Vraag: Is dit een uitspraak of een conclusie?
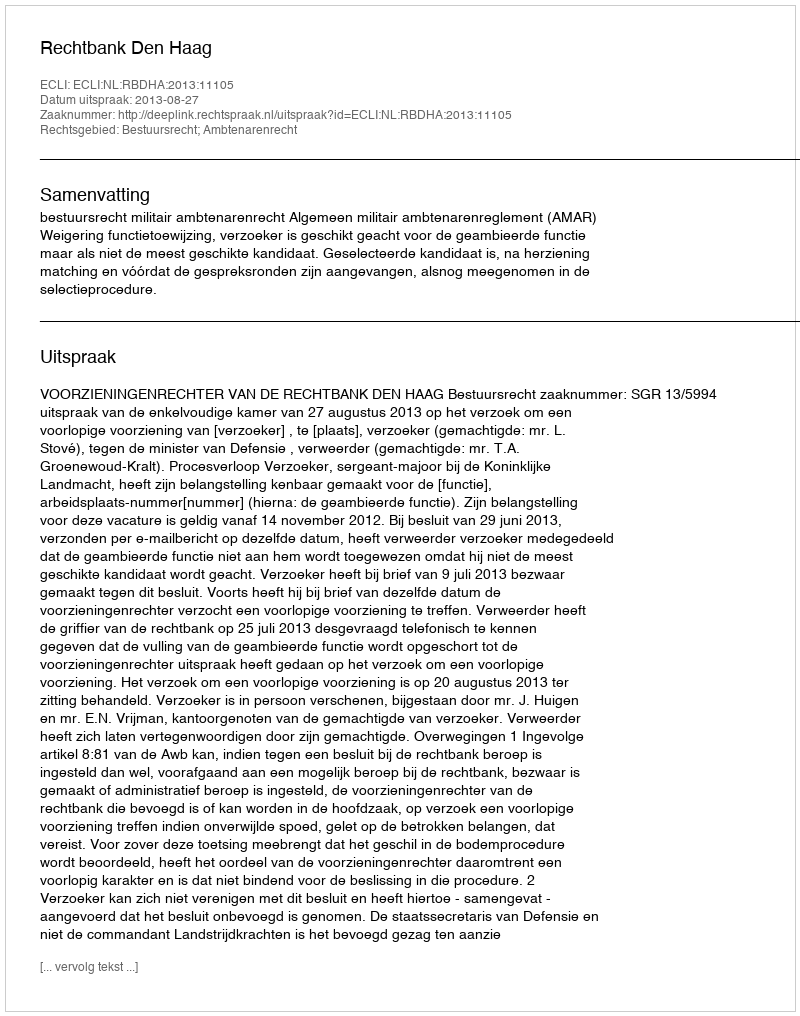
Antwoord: Uitspraak